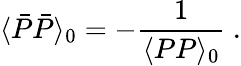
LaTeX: \langle\bar{P}\bar{P}\rangle_{0}=-{\frac{1}{\langle PP\rangle_{0}}}\ .